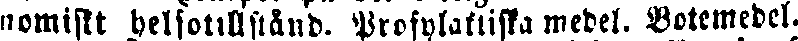
nomiskt helsotillstånd. Profylaktiska medel. Botemedel.